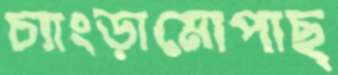
চ্যাংড়ামোপাছ্‌